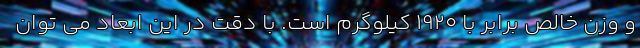
و وزن خالص برابر با 1920 کیلوگرم است. با دقت در این ابعاد می توان